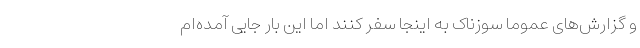
و گزارش‌های عموماً سوزناک به اینجا سفر کنند اما این بار جایی آمده‌ام